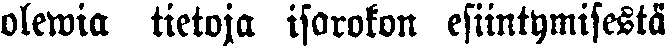
olewia tietoja isorokon esiintymisestä